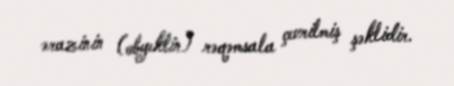
ərazinin (obyektin) rəqəmsala çevrilmiş şəklidir.